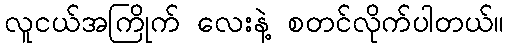
လူငယ်အကြိုက် လေးနဲ့ စတင်လိုက်ပါတယ်။